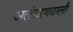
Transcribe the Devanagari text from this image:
अलंकरणवाली